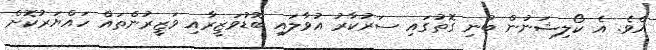
އެވެ. އެ ކޯލިޝަނުން ބުނި ގޮތުގައި ސަރުކާރު އުވާލައި ބޮޑުވަޒީރާއި ވަޒީރުންތައް ހައްޔަރުކޮށް